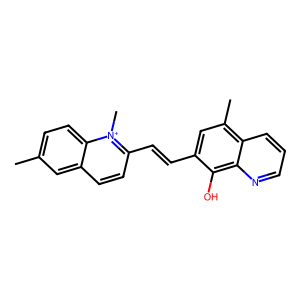
SMILES: Cc1ccc2c(ccc(C=Cc3cc(C)c4cccnc4c3O)[n+]2C)c1
Inhibits HIV replication: No